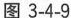
图3-4-9